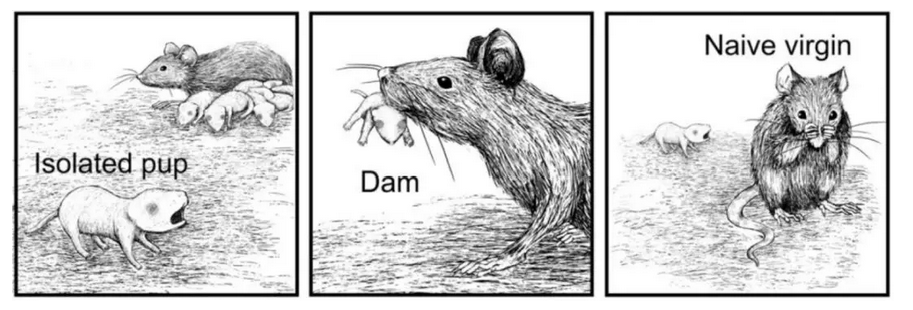
母别子，子别母，白日无光哭声苦。